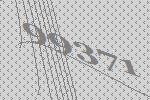
99371